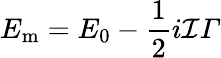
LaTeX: E_{\mathrm{m}}=E_{0}-\frac{1}{2}i\mathcal{I}\varGamma